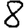
Digit: 8